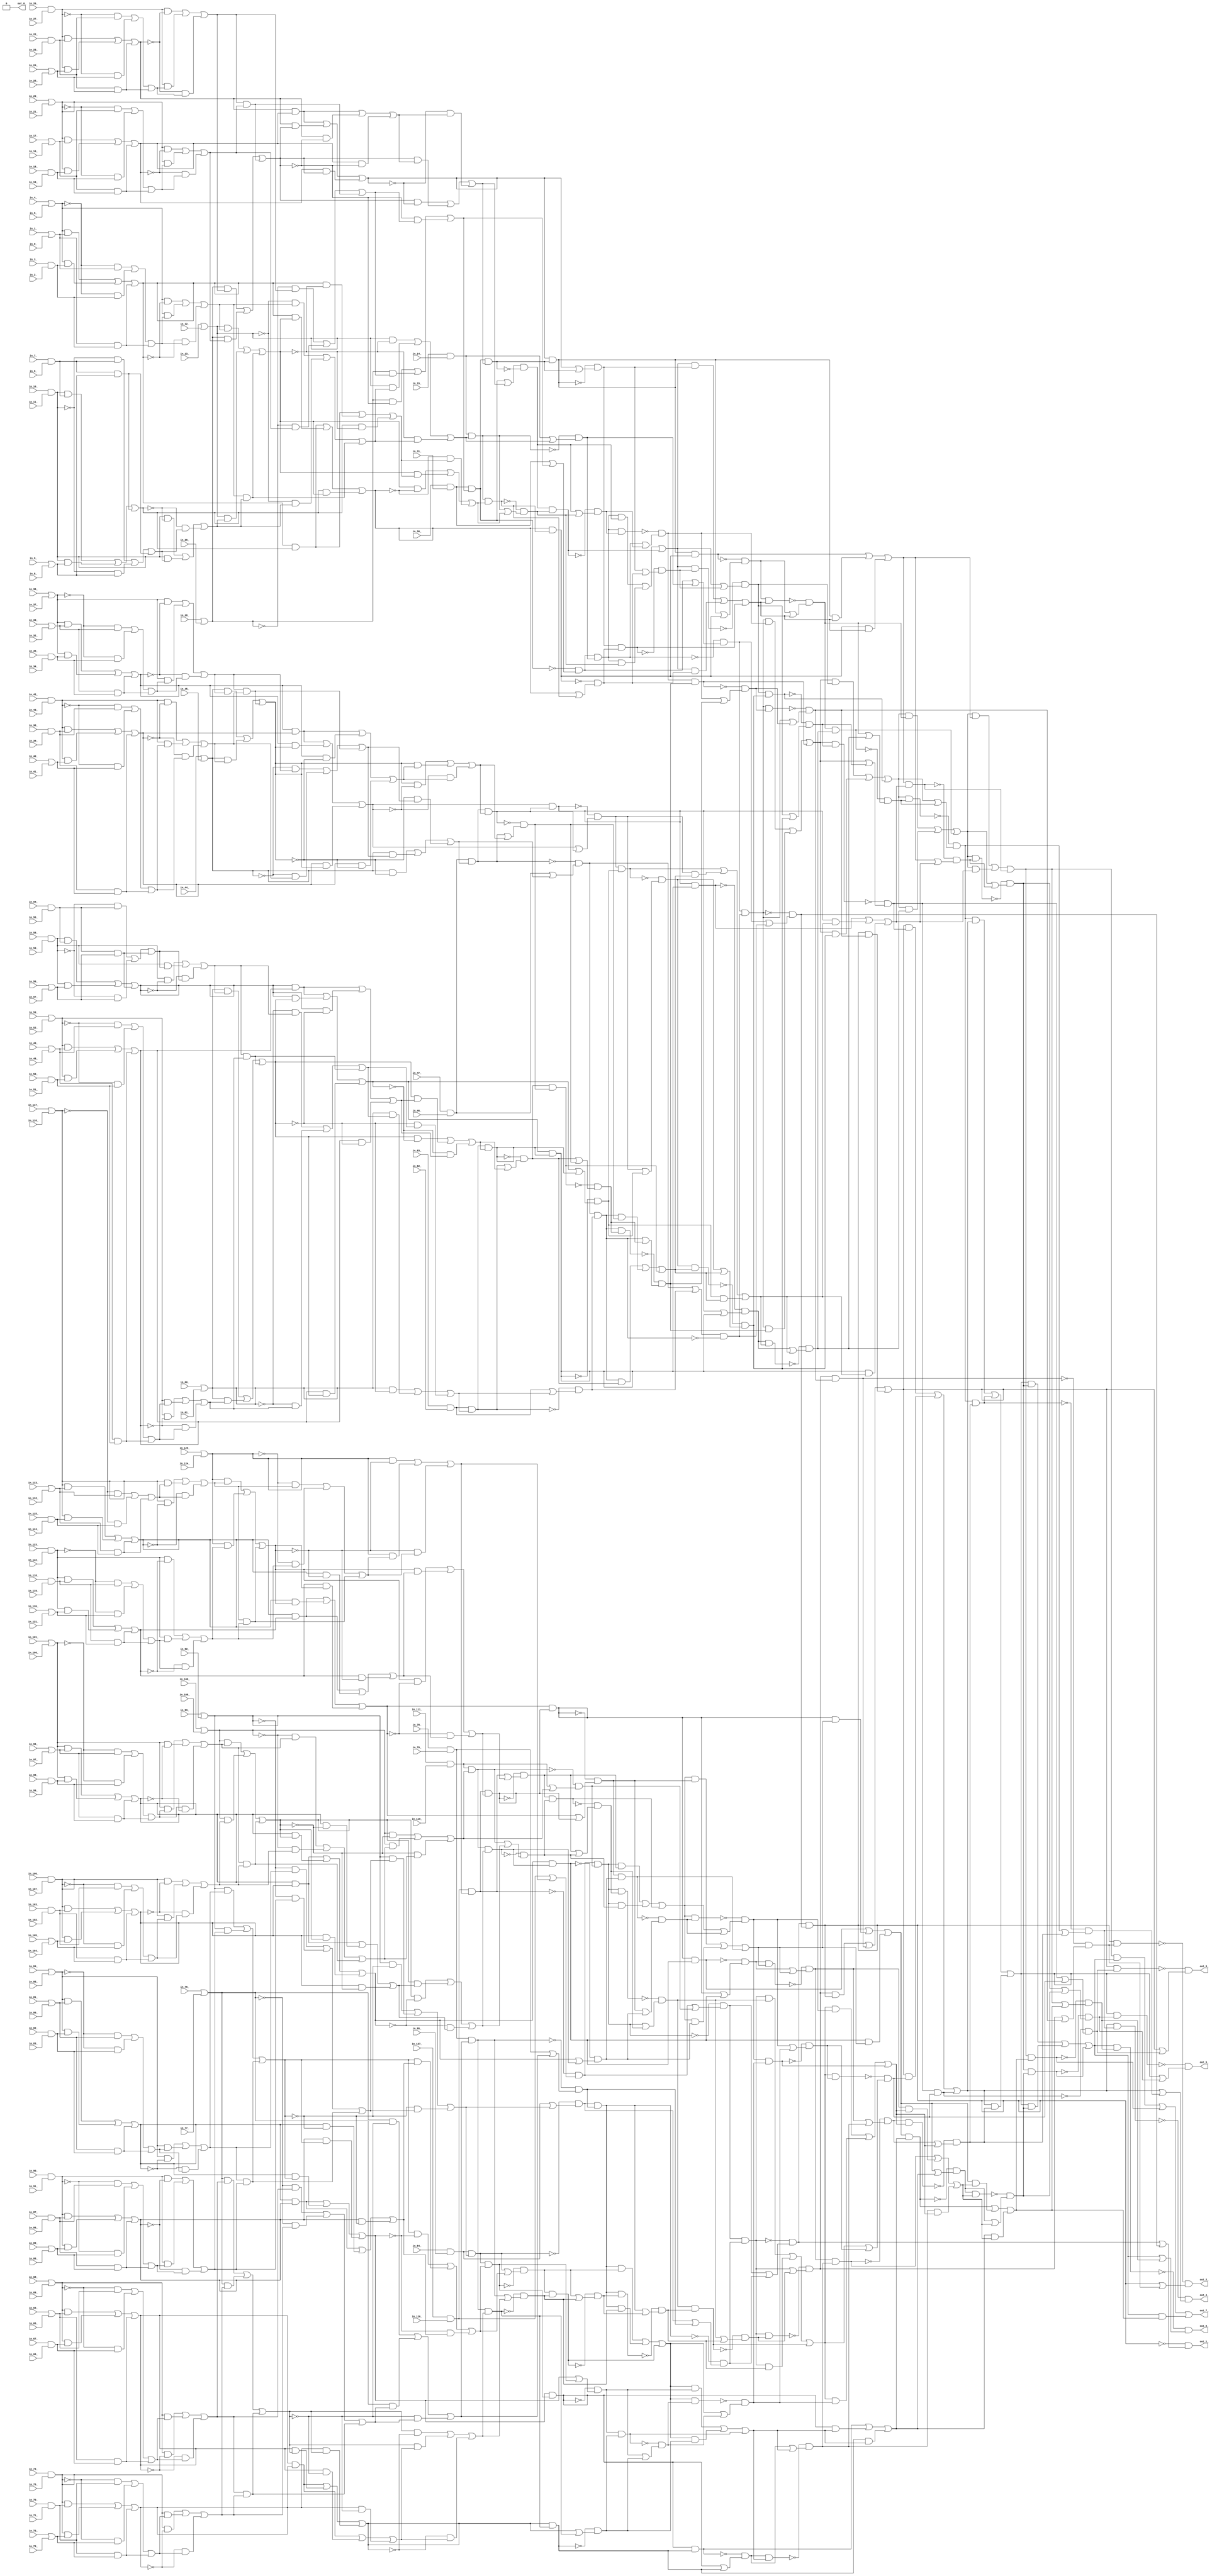
module counter_128 ( in_18_ , in_1_ , in_7_ , in_109_ , in_13_ , in_106_ , in_54_ , in_118_ , in_101_ , in_3_ , in_0_ , in_113_ , in_56_ , in_30_ , in_89_ , in_35_ , in_70_ , in_38_ , in_100_ , in_105_ , in_28_ , in_10_ , in_9_ , in_78_ , in_29_ , in_60_ , in_94_ , in_108_ , in_117_ , in_103_ , in_67_ , in_44_ , in_57_ , in_76_ , in_47_ , in_20_ , in_84_ , in_17_ , in_72_ , in_116_ , in_16_ , in_120_ , in_104_ , in_64_ , in_125_ , in_58_ , in_42_ , in_40_ , in_81_ , in_115_ , in_88_ , in_24_ , in_33_ , in_123_ , in_61_ , in_79_ , in_31_ , in_36_ , in_82_ , in_111_ , in_68_ , in_2_ , in_87_ , in_74_ , in_114_ , in_53_ , in_83_ , in_86_ , in_65_ , in_102_ , in_6_ , in_75_ , in_4_ , in_93_ , in_45_ , in_90_ , in_80_ , in_73_ , in_46_ , in_25_ , in_107_ , in_37_ , in_85_ , in_49_ , in_39_ , in_63_ , in_12_ , in_112_ , in_32_ , in_119_ , in_77_ , in_34_ , in_41_ , in_122_ , in_124_ , in_48_ , in_92_ , in_15_ , in_55_ , in_50_ , in_5_ , in_127_ , in_96_ , in_22_ , in_43_ , in_52_ , in_51_ , in_21_ , in_95_ , in_59_ , in_69_ , in_121_ , in_97_ , in_11_ , in_98_ , in_126_ , in_14_ , in_91_ , in_26_ , in_99_ , in_27_ , in_71_ , in_8_ , in_23_ , in_110_ , in_62_ , in_66_ , in_19_ , out_3_ , out_2_ , out_5_ , out_1_ , out_0_ , out_7_ , out_4_ , out_6_ );
  input in_18_ , in_1_ , in_7_ , in_109_ , in_13_ , in_106_ , in_54_ , in_118_ , in_101_ , in_3_ , in_0_ , in_113_ , in_56_ , in_30_ , in_89_ , in_35_ , in_70_ , in_38_ , in_100_ , in_105_ , in_28_ , in_10_ , in_9_ , in_78_ , in_29_ , in_60_ , in_94_ , in_108_ , in_117_ , in_103_ , in_67_ , in_44_ , in_57_ , in_76_ , in_47_ , in_20_ , in_84_ , in_17_ , in_72_ , in_116_ , in_16_ , in_120_ , in_104_ , in_64_ , in_125_ , in_58_ , in_42_ , in_40_ , in_81_ , in_115_ , in_88_ , in_24_ , in_33_ , in_123_ , in_61_ , in_79_ , in_31_ , in_36_ , in_82_ , in_111_ , in_68_ , in_2_ , in_87_ , in_74_ , in_114_ , in_53_ , in_83_ , in_86_ , in_65_ , in_102_ , in_6_ , in_75_ , in_4_ , in_93_ , in_45_ , in_90_ , in_80_ , in_73_ , in_46_ , in_25_ , in_107_ , in_37_ , in_85_ , in_49_ , in_39_ , in_63_ , in_12_ , in_112_ , in_32_ , in_119_ , in_77_ , in_34_ , in_41_ , in_122_ , in_124_ , in_48_ , in_92_ , in_15_ , in_55_ , in_50_ , in_5_ , in_127_ , in_96_ , in_22_ , in_43_ , in_52_ , in_51_ , in_21_ , in_95_ , in_59_ , in_69_ , in_121_ , in_97_ , in_11_ , in_98_ , in_126_ , in_14_ , in_91_ , in_26_ , in_99_ , in_27_ , in_71_ , in_8_ , in_23_ , in_110_ , in_62_ , in_66_ , in_19_ ;
  output out_3_ , out_2_ , out_5_ , out_1_ , out_0_ , out_7_ , out_4_ , out_6_ ;
  wire n129 , n130 , n131 , n132 , n133 , n134 , n135 , n136 , n137 , n138 , n139 , n140 , n141 , n142 , n143 , n144 , n145 , n146 , n147 , n148 , n149 , n150 , n151 , n152 , n153 , n154 , n155 , n156 , n157 , n158 , n159 , n160 , n161 , n162 , n163 , n164 , n165 , n166 , n167 , n168 , n169 , n170 , n171 , n172 , n173 , n174 , n175 , n176 , n177 , n178 , n179 , n180 , n181 , n182 , n183 , n184 , n185 , n186 , n187 , n188 , n189 , n190 , n191 , n192 , n193 , n194 , n195 , n196 , n197 , n198 , n199 , n200 , n201 , n202 , n203 , n204 , n205 , n206 , n207 , n208 , n209 , n210 , n211 , n212 , n213 , n214 , n215 , n216 , n217 , n218 , n219 , n220 , n221 , n222 , n223 , n224 , n225 , n226 , n227 , n228 , n229 , n230 , n231 , n232 , n233 , n234 , n235 , n236 , n237 , n238 , n239 , n240 , n241 , n242 , n243 , n244 , n245 , n246 , n247 , n248 , n249 , n250 , n251 , n252 , n253 , n254 , n255 , n256 , n257 , n258 , n259 , n260 , n261 , n262 , n263 , n264 , n265 , n266 , n267 , n268 , n269 , n270 , n271 , n272 , n273 , n274 , n275 , n276 , n277 , n278 , n279 , n280 , n281 , n282 , n283 , n284 , n285 , n286 , n287 , n288 , n289 , n290 , n291 , n292 , n293 , n294 , n295 , n296 , n297 , n298 , n299 , n300 , n301 , n302 , n303 , n304 , n305 , n306 , n307 , n308 , n309 , n310 , n311 , n312 , n313 , n314 , n315 , n316 , n317 , n318 , n319 , n320 , n321 , n322 , n323 , n324 , n325 , n326 , n327 , n328 , n329 , n330 , n331 , n332 , n333 , n334 , n335 , n336 , n337 , n338 , n339 , n340 , n341 , n342 , n343 , n344 , n345 , n346 , n347 , n348 , n349 , n350 , n351 , n352 , n353 , n354 , n355 , n356 , n357 , n358 , n359 , n360 , n361 , n362 , n363 , n364 , n365 , n366 , n367 , n368 , n369 , n370 , n371 , n372 , n373 , n374 , n375 , n376 , n377 , n378 , n379 , n380 , n381 , n382 , n383 , n384 , n385 , n386 , n387 , n388 , n389 , n390 , n391 , n392 , n393 , n394 , n395 , n396 , n397 , n398 , n399 , n400 , n401 , n402 , n403 , n404 , n405 , n406 , n407 , n408 , n409 , n410 , n411 , n412 , n413 , n414 , n415 , n416 , n417 , n418 , n419 , n420 , n421 , n422 , n423 , n424 , n425 , n426 , n427 , n428 , n429 , n430 , n431 , n432 , n433 , n434 , n435 , n436 , n437 , n438 , n439 , n440 , n441 , n442 , n443 , n444 , n445 , n446 , n447 , n448 , n449 , n450 , n451 , n452 , n453 , n454 , n455 , n456 , n457 , n458 , n459 , n460 , n461 , n462 , n463 , n464 , n465 , n466 , n467 , n468 , n469 , n470 , n471 , n472 , n473 , n474 , n475 , n476 , n477 , n478 , n479 , n480 , n481 , n482 , n483 , n484 , n485 , n486 , n487 , n488 , n489 , n490 , n491 , n492 , n493 , n494 , n495 , n496 , n497 , n498 , n499 , n500 , n501 , n502 , n503 , n504 , n505 , n506 , n507 , n508 , n509 , n510 , n511 , n512 , n513 , n514 , n515 , n516 , n517 , n518 , n519 , n520 , n521 , n522 , n523 , n524 , n525 , n526 , n527 , n528 , n529 , n530 , n531 , n532 , n533 , n534 , n535 , n536 , n537 , n538 , n539 , n540 , n541 , n542 , n543 , n544 , n545 , n546 , n547 , n548 , n549 , n550 , n551 , n552 , n553 , n554 , n555 , n556 ;
  assign n129 = in_127_ & in_126_ ;
  assign n130 = in_125_ | in_124_ ;
  assign n131 = in_117_ | in_116_ ;
  assign n132 = in_113_ | in_112_ ;
  assign n133 = in_115_ & in_114_ ;
  assign n134 = ( n131 & n132 ) | ( n131 & n133 ) | ( n132 & n133 ) ;
  assign n135 = ( ~n131 & n132 ) | ( ~n131 & n133 ) | ( n132 & n133 ) ;
  assign n136 = ( n131 & ~n134 ) | ( n131 & n135 ) | ( ~n134 & n135 ) ;
  assign n137 = in_123_ & in_122_ ;
  assign n138 = in_118_ & in_119_ ;
  assign n139 = in_120_ | in_121_ ;
  assign n140 = ( n137 & n138 ) | ( n137 & n139 ) | ( n138 & n139 ) ;
  assign n141 = ( ~n137 & n138 ) | ( ~n137 & n139 ) | ( n138 & n139 ) ;
  assign n142 = ( n137 & ~n140 ) | ( n137 & n141 ) | ( ~n140 & n141 ) ;
  assign n143 = ( n130 & n136 ) | ( n130 & n142 ) | ( n136 & n142 ) ;
  assign n144 = ( ~n130 & n136 ) | ( ~n130 & n142 ) | ( n136 & n142 ) ;
  assign n145 = ( n130 & ~n143 ) | ( n130 & n144 ) | ( ~n143 & n144 ) ;
  assign n146 = n129 & n145 ;
  assign n147 = n129 | n145 ;
  assign n148 = ~n146 & n147 ;
  assign n149 = in_111_ & in_110_ ;
  assign n150 = in_109_ | in_108_ ;
  assign n151 = in_101_ | in_100_ ;
  assign n152 = in_96_ | in_97_ ;
  assign n153 = in_98_ & in_99_ ;
  assign n154 = ( ~n151 & n152 ) | ( ~n151 & n153 ) | ( n152 & n153 ) ;
  assign n155 = ( n151 & n152 ) | ( n151 & n153 ) | ( n152 & n153 ) ;
  assign n156 = ( n151 & n154 ) | ( n151 & ~n155 ) | ( n154 & ~n155 ) ;
  assign n157 = in_106_ & in_107_ ;
  assign n158 = in_103_ & in_102_ ;
  assign n159 = in_105_ | in_104_ ;
  assign n160 = ( n157 & n158 ) | ( n157 & n159 ) | ( n158 & n159 ) ;
  assign n161 = ( ~n157 & n158 ) | ( ~n157 & n159 ) | ( n158 & n159 ) ;
  assign n162 = ( n157 & ~n160 ) | ( n157 & n161 ) | ( ~n160 & n161 ) ;
  assign n163 = ( n150 & n156 ) | ( n150 & n162 ) | ( n156 & n162 ) ;
  assign n164 = ( ~n150 & n156 ) | ( ~n150 & n162 ) | ( n156 & n162 ) ;
  assign n165 = ( n150 & ~n163 ) | ( n150 & n164 ) | ( ~n163 & n164 ) ;
  assign n166 = n149 & n165 ;
  assign n167 = n149 | n165 ;
  assign n168 = ~n166 & n167 ;
  assign n169 = n148 & n168 ;
  assign n170 = n148 | n168 ;
  assign n171 = ~n169 & n170 ;
  assign n172 = in_94_ & in_95_ ;
  assign n173 = in_93_ | in_92_ ;
  assign n174 = in_84_ | in_85_ ;
  assign n175 = in_81_ | in_80_ ;
  assign n176 = in_82_ & in_83_ ;
  assign n177 = ( n174 & n175 ) | ( n174 & n176 ) | ( n175 & n176 ) ;
  assign n178 = ( ~n174 & n175 ) | ( ~n174 & n176 ) | ( n175 & n176 ) ;
  assign n179 = ( n174 & ~n177 ) | ( n174 & n178 ) | ( ~n177 & n178 ) ;
  assign n180 = in_90_ & in_91_ ;
  assign n181 = in_87_ & in_86_ ;
  assign n182 = in_89_ | in_88_ ;
  assign n183 = ( n180 & n181 ) | ( n180 & n182 ) | ( n181 & n182 ) ;
  assign n184 = ( ~n180 & n181 ) | ( ~n180 & n182 ) | ( n181 & n182 ) ;
  assign n185 = ( n180 & ~n183 ) | ( n180 & n184 ) | ( ~n183 & n184 ) ;
  assign n186 = ( n173 & n179 ) | ( n173 & n185 ) | ( n179 & n185 ) ;
  assign n187 = ( ~n173 & n179 ) | ( ~n173 & n185 ) | ( n179 & n185 ) ;
  assign n188 = ( n173 & ~n186 ) | ( n173 & n187 ) | ( ~n186 & n187 ) ;
  assign n189 = n172 & n188 ;
  assign n190 = n172 | n188 ;
  assign n191 = ~n189 & n190 ;
  assign n192 = in_78_ & in_79_ ;
  assign n193 = in_76_ | in_77_ ;
  assign n194 = in_68_ | in_69_ ;
  assign n195 = in_64_ | in_65_ ;
  assign n196 = in_67_ & in_66_ ;
  assign n197 = ( n194 & n195 ) | ( n194 & n196 ) | ( n195 & n196 ) ;
  assign n198 = ( ~n194 & n195 ) | ( ~n194 & n196 ) | ( n195 & n196 ) ;
  assign n199 = ( n194 & ~n197 ) | ( n194 & n198 ) | ( ~n197 & n198 ) ;
  assign n200 = in_74_ & in_75_ ;
  assign n201 = in_70_ & in_71_ ;
  assign n202 = in_72_ | in_73_ ;
  assign n203 = ( n200 & n201 ) | ( n200 & n202 ) | ( n201 & n202 ) ;
  assign n204 = ( ~n200 & n201 ) | ( ~n200 & n202 ) | ( n201 & n202 ) ;
  assign n205 = ( n200 & ~n203 ) | ( n200 & n204 ) | ( ~n203 & n204 ) ;
  assign n206 = ( n193 & n199 ) | ( n193 & n205 ) | ( n199 & n205 ) ;
  assign n207 = ( ~n193 & n199 ) | ( ~n193 & n205 ) | ( n199 & n205 ) ;
  assign n208 = ( n193 & ~n206 ) | ( n193 & n207 ) | ( ~n206 & n207 ) ;
  assign n209 = n192 & n208 ;
  assign n210 = n192 | n208 ;
  assign n211 = ~n209 & n210 ;
  assign n212 = n191 & n211 ;
  assign n213 = n191 | n211 ;
  assign n214 = ~n212 & n213 ;
  assign n215 = n171 & n214 ;
  assign n216 = ( n134 & n140 ) | ( n134 & n143 ) | ( n140 & n143 ) ;
  assign n217 = ( n134 & n140 ) | ( n134 & ~n143 ) | ( n140 & ~n143 ) ;
  assign n218 = ( n143 & ~n216 ) | ( n143 & n217 ) | ( ~n216 & n217 ) ;
  assign n219 = n146 & n218 ;
  assign n220 = n146 | n218 ;
  assign n221 = ~n219 & n220 ;
  assign n222 = ( n155 & n160 ) | ( n155 & n163 ) | ( n160 & n163 ) ;
  assign n223 = ( n155 & n160 ) | ( n155 & ~n163 ) | ( n160 & ~n163 ) ;
  assign n224 = ( n163 & ~n222 ) | ( n163 & n223 ) | ( ~n222 & n223 ) ;
  assign n225 = n166 & n224 ;
  assign n226 = n166 | n224 ;
  assign n227 = ~n225 & n226 ;
  assign n228 = n221 & n227 ;
  assign n229 = n221 | n227 ;
  assign n230 = ~n228 & n229 ;
  assign n231 = n169 & n230 ;
  assign n232 = n169 | n230 ;
  assign n233 = ~n231 & n232 ;
  assign n234 = ( n177 & n183 ) | ( n177 & n186 ) | ( n183 & n186 ) ;
  assign n235 = ( n177 & n183 ) | ( n177 & ~n186 ) | ( n183 & ~n186 ) ;
  assign n236 = ( n186 & ~n234 ) | ( n186 & n235 ) | ( ~n234 & n235 ) ;
  assign n237 = n189 & n236 ;
  assign n238 = n189 | n236 ;
  assign n239 = ~n237 & n238 ;
  assign n240 = ( n197 & n203 ) | ( n197 & n206 ) | ( n203 & n206 ) ;
  assign n241 = ( n197 & n203 ) | ( n197 & ~n206 ) | ( n203 & ~n206 ) ;
  assign n242 = ( n206 & ~n240 ) | ( n206 & n241 ) | ( ~n240 & n241 ) ;
  assign n243 = n209 & n242 ;
  assign n244 = n209 | n242 ;
  assign n245 = ~n243 & n244 ;
  assign n246 = n239 & n245 ;
  assign n247 = n239 | n245 ;
  assign n248 = ~n246 & n247 ;
  assign n249 = n212 & n248 ;
  assign n250 = n212 | n248 ;
  assign n251 = ~n249 & n250 ;
  assign n252 = n233 & n251 ;
  assign n253 = n233 | n251 ;
  assign n254 = ~n252 & n253 ;
  assign n255 = n215 & n254 ;
  assign n256 = n215 | n254 ;
  assign n257 = ~n255 & n256 ;
  assign n258 = n171 | n214 ;
  assign n259 = ~n215 & n258 ;
  assign n260 = in_30_ & in_31_ ;
  assign n261 = in_28_ | in_29_ ;
  assign n262 = in_26_ & in_27_ ;
  assign n263 = in_22_ & in_23_ ;
  assign n264 = in_24_ | in_25_ ;
  assign n265 = ( n262 & n263 ) | ( n262 & n264 ) | ( n263 & n264 ) ;
  assign n266 = ( ~n262 & n263 ) | ( ~n262 & n264 ) | ( n263 & n264 ) ;
  assign n267 = ( n262 & ~n265 ) | ( n262 & n266 ) | ( ~n265 & n266 ) ;
  assign n268 = in_20_ | in_21_ ;
  assign n269 = in_17_ | in_16_ ;
  assign n270 = in_18_ & in_19_ ;
  assign n271 = ( n268 & n269 ) | ( n268 & n270 ) | ( n269 & n270 ) ;
  assign n272 = ( ~n268 & n269 ) | ( ~n268 & n270 ) | ( n269 & n270 ) ;
  assign n273 = ( n268 & ~n271 ) | ( n268 & n272 ) | ( ~n271 & n272 ) ;
  assign n274 = ( n261 & n267 ) | ( n261 & n273 ) | ( n267 & n273 ) ;
  assign n275 = ( ~n261 & n267 ) | ( ~n261 & n273 ) | ( n267 & n273 ) ;
  assign n276 = ( n261 & ~n274 ) | ( n261 & n275 ) | ( ~n274 & n275 ) ;
  assign n277 = n260 & n276 ;
  assign n278 = n260 | n276 ;
  assign n279 = ~n277 & n278 ;
  assign n280 = in_15_ & in_14_ ;
  assign n281 = in_13_ | in_12_ ;
  assign n282 = in_4_ | in_5_ ;
  assign n283 = in_1_ | in_0_ ;
  assign n284 = in_3_ & in_2_ ;
  assign n285 = ( n282 & n283 ) | ( n282 & n284 ) | ( n283 & n284 ) ;
  assign n286 = ( ~n282 & n283 ) | ( ~n282 & n284 ) | ( n283 & n284 ) ;
  assign n287 = ( n282 & ~n285 ) | ( n282 & n286 ) | ( ~n285 & n286 ) ;
  assign n288 = in_10_ & in_11_ ;
  assign n289 = in_7_ & in_6_ ;
  assign n290 = in_9_ | in_8_ ;
  assign n291 = ( n288 & n289 ) | ( n288 & n290 ) | ( n289 & n290 ) ;
  assign n292 = ( ~n288 & n289 ) | ( ~n288 & n290 ) | ( n289 & n290 ) ;
  assign n293 = ( n288 & ~n291 ) | ( n288 & n292 ) | ( ~n291 & n292 ) ;
  assign n294 = ( n281 & n287 ) | ( n281 & n293 ) | ( n287 & n293 ) ;
  assign n295 = ( ~n281 & n287 ) | ( ~n281 & n293 ) | ( n287 & n293 ) ;
  assign n296 = ( n281 & ~n294 ) | ( n281 & n295 ) | ( ~n294 & n295 ) ;
  assign n297 = n280 & n296 ;
  assign n298 = n280 | n296 ;
  assign n299 = ~n297 & n298 ;
  assign n300 = n279 & n299 ;
  assign n301 = n279 | n299 ;
  assign n302 = ~n300 & n301 ;
  assign n303 = in_47_ & in_46_ ;
  assign n304 = in_44_ | in_45_ ;
  assign n305 = in_36_ | in_37_ ;
  assign n306 = in_33_ | in_32_ ;
  assign n307 = in_35_ & in_34_ ;
  assign n308 = ( n305 & n306 ) | ( n305 & n307 ) | ( n306 & n307 ) ;
  assign n309 = ( ~n305 & n306 ) | ( ~n305 & n307 ) | ( n306 & n307 ) ;
  assign n310 = ( n305 & ~n308 ) | ( n305 & n309 ) | ( ~n308 & n309 ) ;
  assign n311 = in_42_ & in_43_ ;
  assign n312 = in_38_ & in_39_ ;
  assign n313 = in_40_ | in_41_ ;
  assign n314 = ( n311 & n312 ) | ( n311 & n313 ) | ( n312 & n313 ) ;
  assign n315 = ( ~n311 & n312 ) | ( ~n311 & n313 ) | ( n312 & n313 ) ;
  assign n316 = ( n311 & ~n314 ) | ( n311 & n315 ) | ( ~n314 & n315 ) ;
  assign n317 = ( n304 & n310 ) | ( n304 & n316 ) | ( n310 & n316 ) ;
  assign n318 = ( ~n304 & n310 ) | ( ~n304 & n316 ) | ( n310 & n316 ) ;
  assign n319 = ( n304 & ~n317 ) | ( n304 & n318 ) | ( ~n317 & n318 ) ;
  assign n320 = n303 & n319 ;
  assign n321 = n303 | n319 ;
  assign n322 = ~n320 & n321 ;
  assign n323 = in_63_ & in_62_ ;
  assign n324 = in_60_ | in_61_ ;
  assign n325 = in_58_ & in_59_ ;
  assign n326 = in_54_ & in_55_ ;
  assign n327 = in_56_ | in_57_ ;
  assign n328 = ( n325 & n326 ) | ( n325 & n327 ) | ( n326 & n327 ) ;
  assign n329 = ( ~n325 & n326 ) | ( ~n325 & n327 ) | ( n326 & n327 ) ;
  assign n330 = ( n325 & ~n328 ) | ( n325 & n329 ) | ( ~n328 & n329 ) ;
  assign n331 = in_53_ | in_52_ ;
  assign n332 = in_49_ | in_48_ ;
  assign n333 = in_50_ & in_51_ ;
  assign n334 = ( n331 & n332 ) | ( n331 & n333 ) | ( n332 & n333 ) ;
  assign n335 = ( ~n331 & n332 ) | ( ~n331 & n333 ) | ( n332 & n333 ) ;
  assign n336 = ( n331 & ~n334 ) | ( n331 & n335 ) | ( ~n334 & n335 ) ;
  assign n337 = ( n324 & n330 ) | ( n324 & n336 ) | ( n330 & n336 ) ;
  assign n338 = ( ~n324 & n330 ) | ( ~n324 & n336 ) | ( n330 & n336 ) ;
  assign n339 = ( n324 & ~n337 ) | ( n324 & n338 ) | ( ~n337 & n338 ) ;
  assign n340 = n323 & n339 ;
  assign n341 = n323 | n339 ;
  assign n342 = ~n340 & n341 ;
  assign n343 = n322 | n342 ;
  assign n344 = n322 & n342 ;
  assign n345 = n343 & ~n344 ;
  assign n346 = n302 & n345 ;
  assign n347 = n302 | n345 ;
  assign n348 = ~n346 & n347 ;
  assign n349 = n259 & n348 ;
  assign n350 = ( n265 & n271 ) | ( n265 & n274 ) | ( n271 & n274 ) ;
  assign n351 = ( n265 & n271 ) | ( n265 & ~n274 ) | ( n271 & ~n274 ) ;
  assign n352 = ( n274 & ~n350 ) | ( n274 & n351 ) | ( ~n350 & n351 ) ;
  assign n353 = n277 | n352 ;
  assign n354 = n277 & n352 ;
  assign n355 = n353 & ~n354 ;
  assign n356 = ( n285 & n291 ) | ( n285 & n294 ) | ( n291 & n294 ) ;
  assign n357 = ( n285 & n291 ) | ( n285 & ~n294 ) | ( n291 & ~n294 ) ;
  assign n358 = ( n294 & ~n356 ) | ( n294 & n357 ) | ( ~n356 & n357 ) ;
  assign n359 = n297 & n358 ;
  assign n360 = n297 | n358 ;
  assign n361 = ~n359 & n360 ;
  assign n362 = n355 & n361 ;
  assign n363 = n355 | n361 ;
  assign n364 = ~n362 & n363 ;
  assign n365 = n300 & n364 ;
  assign n366 = n300 | n364 ;
  assign n367 = ~n365 & n366 ;
  assign n368 = ( n328 & n334 ) | ( n328 & n337 ) | ( n334 & n337 ) ;
  assign n369 = ( n328 & n334 ) | ( n328 & ~n337 ) | ( n334 & ~n337 ) ;
  assign n370 = ( n337 & ~n368 ) | ( n337 & n369 ) | ( ~n368 & n369 ) ;
  assign n371 = n340 & n370 ;
  assign n372 = n340 | n370 ;
  assign n373 = ~n371 & n372 ;
  assign n374 = ( n308 & n314 ) | ( n308 & n317 ) | ( n314 & n317 ) ;
  assign n375 = ( n308 & n314 ) | ( n308 & ~n317 ) | ( n314 & ~n317 ) ;
  assign n376 = ( n317 & ~n374 ) | ( n317 & n375 ) | ( ~n374 & n375 ) ;
  assign n377 = n320 & n376 ;
  assign n378 = n320 | n376 ;
  assign n379 = ~n377 & n378 ;
  assign n380 = n373 & n379 ;
  assign n381 = n373 | n379 ;
  assign n382 = ~n380 & n381 ;
  assign n383 = n344 & n382 ;
  assign n384 = n344 | n382 ;
  assign n385 = ~n383 & n384 ;
  assign n386 = n367 & n385 ;
  assign n387 = n367 | n385 ;
  assign n388 = ~n386 & n387 ;
  assign n389 = n346 & n388 ;
  assign n390 = n346 | n388 ;
  assign n391 = ~n389 & n390 ;
  assign n392 = ( n257 & n349 ) | ( n257 & n391 ) | ( n349 & n391 ) ;
  assign n393 = ( n346 & n367 ) | ( n346 & n385 ) | ( n367 & n385 ) ;
  assign n394 = ( n300 & n355 ) | ( n300 & n361 ) | ( n355 & n361 ) ;
  assign n395 = n350 & n354 ;
  assign n396 = n350 | n354 ;
  assign n397 = ~n395 & n396 ;
  assign n398 = n356 & n359 ;
  assign n399 = n356 | n359 ;
  assign n400 = ~n398 & n399 ;
  assign n401 = n397 & n400 ;
  assign n402 = n397 | n400 ;
  assign n403 = ~n401 & n402 ;
  assign n404 = n394 & n403 ;
  assign n405 = n394 | n403 ;
  assign n406 = ~n404 & n405 ;
  assign n407 = n374 & n377 ;
  assign n408 = n374 | n377 ;
  assign n409 = ~n407 & n408 ;
  assign n410 = n368 & n371 ;
  assign n411 = n368 | n371 ;
  assign n412 = ~n410 & n411 ;
  assign n413 = n409 & n412 ;
  assign n414 = n409 | n412 ;
  assign n415 = ~n413 & n414 ;
  assign n416 = ( n344 & n373 ) | ( n344 & n379 ) | ( n373 & n379 ) ;
  assign n417 = n415 & n416 ;
  assign n418 = n415 | n416 ;
  assign n419 = ~n417 & n418 ;
  assign n420 = n406 & n419 ;
  assign n421 = n406 | n419 ;
  assign n422 = ~n420 & n421 ;
  assign n423 = n393 & n422 ;
  assign n424 = n393 | n422 ;
  assign n425 = ~n423 & n424 ;
  assign n426 = ( n215 & n233 ) | ( n215 & n251 ) | ( n233 & n251 ) ;
  assign n427 = ( n169 & n221 ) | ( n169 & n227 ) | ( n221 & n227 ) ;
  assign n428 = n216 & n219 ;
  assign n429 = n216 | n219 ;
  assign n430 = ~n428 & n429 ;
  assign n431 = n222 & n225 ;
  assign n432 = n222 | n225 ;
  assign n433 = ~n431 & n432 ;
  assign n434 = n430 & n433 ;
  assign n435 = n430 | n433 ;
  assign n436 = ~n434 & n435 ;
  assign n437 = n427 & n436 ;
  assign n438 = n427 | n436 ;
  assign n439 = ~n437 & n438 ;
  assign n440 = ( n212 & n239 ) | ( n212 & n245 ) | ( n239 & n245 ) ;
  assign n441 = n234 & n237 ;
  assign n442 = n234 | n237 ;
  assign n443 = ~n441 & n442 ;
  assign n444 = n240 & n243 ;
  assign n445 = n240 | n243 ;
  assign n446 = ~n444 & n445 ;
  assign n447 = n443 & n446 ;
  assign n448 = n443 | n446 ;
  assign n449 = ~n447 & n448 ;
  assign n450 = n440 & n449 ;
  assign n451 = n440 | n449 ;
  assign n452 = ~n450 & n451 ;
  assign n453 = n439 & n452 ;
  assign n454 = n439 | n452 ;
  assign n455 = ~n453 & n454 ;
  assign n456 = n426 & n455 ;
  assign n457 = n426 | n455 ;
  assign n458 = ~n456 & n457 ;
  assign n459 = n425 & n458 ;
  assign n460 = n425 | n458 ;
  assign n461 = ~n459 & n460 ;
  assign n462 = n392 & n461 ;
  assign n463 = n392 | n461 ;
  assign n464 = ~n462 & n463 ;
  assign n465 = n257 & n391 ;
  assign n466 = n257 | n391 ;
  assign n467 = ~n465 & n466 ;
  assign n468 = n349 & n467 ;
  assign n469 = n349 | n467 ;
  assign n470 = ~n468 & n469 ;
  assign n471 = ( n393 & n406 ) | ( n393 & n419 ) | ( n406 & n419 ) ;
  assign n472 = n395 & n398 ;
  assign n473 = n395 | n398 ;
  assign n474 = ~n472 & n473 ;
  assign n475 = ( n394 & n397 ) | ( n394 & n400 ) | ( n397 & n400 ) ;
  assign n476 = n474 & n475 ;
  assign n477 = n474 | n475 ;
  assign n478 = ~n476 & n477 ;
  assign n479 = n407 & n410 ;
  assign n480 = n407 | n410 ;
  assign n481 = ~n479 & n480 ;
  assign n482 = ( n409 & n412 ) | ( n409 & n416 ) | ( n412 & n416 ) ;
  assign n483 = n481 & n482 ;
  assign n484 = n481 | n482 ;
  assign n485 = ~n483 & n484 ;
  assign n486 = n478 & n485 ;
  assign n487 = n478 | n485 ;
  assign n488 = ~n486 & n487 ;
  assign n489 = n471 & n488 ;
  assign n490 = n471 | n488 ;
  assign n491 = ~n489 & n490 ;
  assign n492 = ( n392 & n425 ) | ( n392 & n458 ) | ( n425 & n458 ) ;
  assign n493 = n428 & n431 ;
  assign n494 = n428 | n431 ;
  assign n495 = ~n493 & n494 ;
  assign n496 = ( n427 & n430 ) | ( n427 & n433 ) | ( n430 & n433 ) ;
  assign n497 = n495 & n496 ;
  assign n498 = n495 | n496 ;
  assign n499 = ~n497 & n498 ;
  assign n500 = n441 & n444 ;
  assign n501 = n441 | n444 ;
  assign n502 = ~n500 & n501 ;
  assign n503 = ( n440 & n443 ) | ( n440 & n446 ) | ( n443 & n446 ) ;
  assign n504 = n502 & n503 ;
  assign n505 = n502 | n503 ;
  assign n506 = ~n504 & n505 ;
  assign n507 = n499 & n506 ;
  assign n508 = n499 | n506 ;
  assign n509 = ~n507 & n508 ;
  assign n510 = ( n426 & n439 ) | ( n426 & n452 ) | ( n439 & n452 ) ;
  assign n511 = n509 & n510 ;
  assign n512 = n509 | n510 ;
  assign n513 = ~n511 & n512 ;
  assign n514 = ( n491 & n492 ) | ( n491 & n513 ) | ( n492 & n513 ) ;
  assign n515 = ( n471 & n478 ) | ( n471 & n485 ) | ( n478 & n485 ) ;
  assign n516 = ( n395 & n398 ) | ( n395 & n475 ) | ( n398 & n475 ) ;
  assign n517 = ( n407 & n410 ) | ( n407 & n482 ) | ( n410 & n482 ) ;
  assign n518 = n516 & n517 ;
  assign n519 = n516 | n517 ;
  assign n520 = ~n518 & n519 ;
  assign n521 = n515 & n520 ;
  assign n522 = n515 | n520 ;
  assign n523 = ~n521 & n522 ;
  assign n524 = ( n428 & n431 ) | ( n428 & n496 ) | ( n431 & n496 ) ;
  assign n525 = ( n441 & n444 ) | ( n441 & n503 ) | ( n444 & n503 ) ;
  assign n526 = n524 & n525 ;
  assign n527 = n524 | n525 ;
  assign n528 = ~n526 & n527 ;
  assign n529 = ( n499 & n506 ) | ( n499 & n510 ) | ( n506 & n510 ) ;
  assign n530 = n528 & n529 ;
  assign n531 = n528 | n529 ;
  assign n532 = ~n530 & n531 ;
  assign n533 = n523 & n532 ;
  assign n534 = n523 | n532 ;
  assign n535 = ~n533 & n534 ;
  assign n536 = n514 & n535 ;
  assign n537 = n514 | n535 ;
  assign n538 = ~n536 & n537 ;
  assign n539 = n259 | n348 ;
  assign n540 = ~n349 & n539 ;
  assign n541 = ( n515 & n516 ) | ( n515 & n517 ) | ( n516 & n517 ) ;
  assign n542 = ( n514 & n523 ) | ( n514 & n532 ) | ( n523 & n532 ) ;
  assign n543 = ( n524 & n525 ) | ( n524 & n529 ) | ( n525 & n529 ) ;
  assign n544 = ( n541 & n542 ) | ( n541 & n543 ) | ( n542 & n543 ) ;
  assign n545 = n491 & n513 ;
  assign n546 = n491 | n513 ;
  assign n547 = ~n545 & n546 ;
  assign n548 = n492 & n547 ;
  assign n549 = n492 | n547 ;
  assign n550 = ~n548 & n549 ;
  assign n551 = n541 & n543 ;
  assign n552 = n541 | n543 ;
  assign n553 = ~n551 & n552 ;
  assign n554 = n542 & n553 ;
  assign n555 = n542 | n553 ;
  assign n556 = ~n554 & n555 ;
  assign out_3_ = n464 ;
  assign out_2_ = n470 ;
  assign out_5_ = n538 ;
  assign out_1_ = n540 ;
  assign out_0_ = 1'b0 ;
  assign out_7_ = n544 ;
  assign out_4_ = n550 ;
  assign out_6_ = n556 ;
endmodule